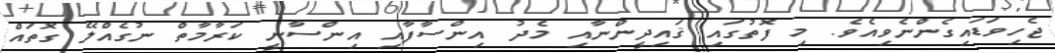
ޖެހިވަޑައިގެންނެވިއެވެ. މި ފޮތުގައި ޤައިދީންނާއި މެދު އިންސާފާއި އިންސާނީ ކަރާމާތް ނުގެއްލޭ ގޮތައް